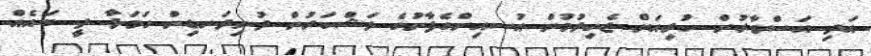
އަދި އަސްވާރުން ކުރިއަށް ޖެހިލުމުން ޙުސއިންގެފާނުގެ ލަޝްކަރުން ދުނިދަނޑިން ހަމަލާ ދީ ބައެއް